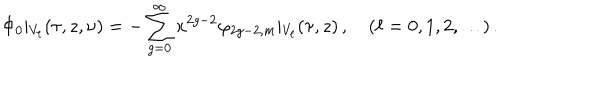
\Phi _ { 0 } \vert _ { V _ { \ell } } ( \tau , z , \nu ) = - \sum _ { g = 0 } ^ { \infty } x ^ { 2 g - 2 } \varphi _ { 2 g - 2 , m } \vert _ { V _ { \ell } } ( \tau , z ) \, , \quad ( \ell = 0 , 1 , 2 , \ldots ) \, .